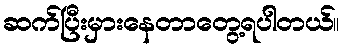
ဆက်ပြီးမှားနေတာတွေ့ရပါတယ်။